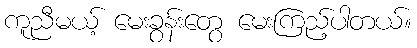
ကူညီမယ့် မေးခွန်းတွေ မေးကြည့်ပါတယ်။